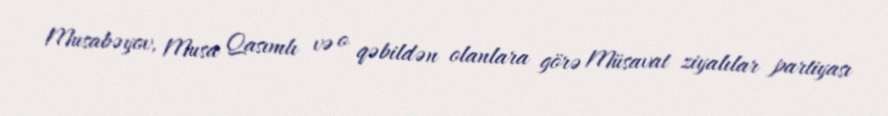
Musabəyov, Musa Qasımlı və o qəbildən olanlara görə Müsavat ziyalılar partiyası